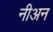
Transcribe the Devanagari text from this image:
नीअन